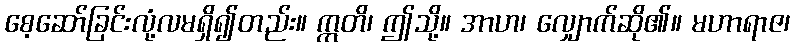
စေ့ဆော်ခြင်းလုံ့လမရှိ၍တည်း။ ဣတိ၊ ဤသို့။ အာဟ၊ လျှောက်ဆို၏။ မဟာရာဇ၊